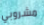
مشروبي